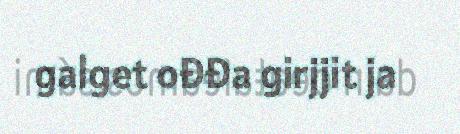
galget ođđa girjjit ja